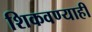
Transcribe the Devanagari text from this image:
शिकवण्याही